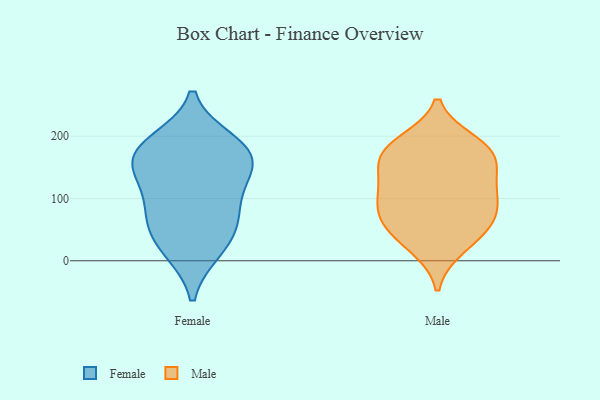
{"axis": {"x": "Waste Production (Tons)", "y": "Value"}, "legend": ["Female", "Male"], "data": [{"x": "", "y": 17, "type": "Female"}, {"x": "", "y": 66, "type": "Female"}, {"x": "", "y": 180, "type": "Female"}, {"x": "", "y": 123, "type": "Female"}, {"x": "", "y": 79, "type": "Female"}, {"x": "", "y": 137, "type": "Female"}, {"x": "", "y": 173, "type": "Female"}, {"x": "", "y": 22, "type": "Female"}, {"x": "", "y": 191, "type": "Female"}, {"x": "", "y": 175, "type": "Female"}, {"x": "", "y": 65, "type": "Female"}, {"x": "", "y": 148, "type": "Female"}, {"x": "", "y": 160, "type": "Male"}, {"x": "", "y": 22, "type": "Male"}, {"x": "", "y": 62, "type": "Male"}, {"x": "", "y": 82, "type": "Male"}, {"x": "", "y": 180, "type": "Male"}, {"x": "", "y": 189, "type": "Male"}, {"x": "", "y": 126, "type": "Male"}, {"x": "", "y": 63, "type": "Male"}, {"x": "", "y": 171, "type": "Male"}, {"x": "", "y": 173, "type": "Male"}, {"x": "", "y": 114, "type": "Male"}, {"x": "", "y": 83, "type": "Male"}, {"x": "", "y": 37, "type": "Male"}, {"x": "", "y": 117, "type": "Male"}]}